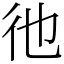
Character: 彵